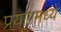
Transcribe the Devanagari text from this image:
प्रयागमध्ये